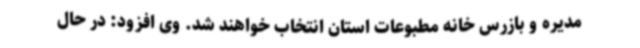
مدیره و بازرس خانه مطبوعات استان انتخاب خواهند شد. وی افزود: در حال